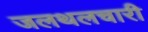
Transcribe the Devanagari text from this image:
जलथलचारी